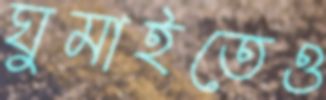
ঘুমাইতেও